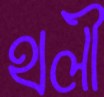
থলী